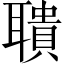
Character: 聵